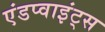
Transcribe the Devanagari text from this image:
एंडप्वाइंट्स